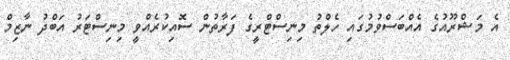
އެ މަޝްރޫއުގެ އެއްބަސްވުމުގައި ހެލްތު މިނިސްޓްރީގެ ފަރާތުން ސޮއިކުރެއްވީ މިނިސްޓަރު އަބްދު ނާޒިމް